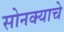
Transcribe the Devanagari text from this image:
सोनक्याचे